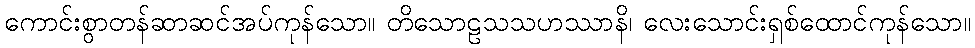
ကောင်းစွာတန်ဆာဆင်အပ်ကုန်သော။ တိသောဠသသဟဿာနိ၊ လေးသောင်းရှစ်ထောင်ကုန်သော။